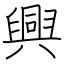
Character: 興